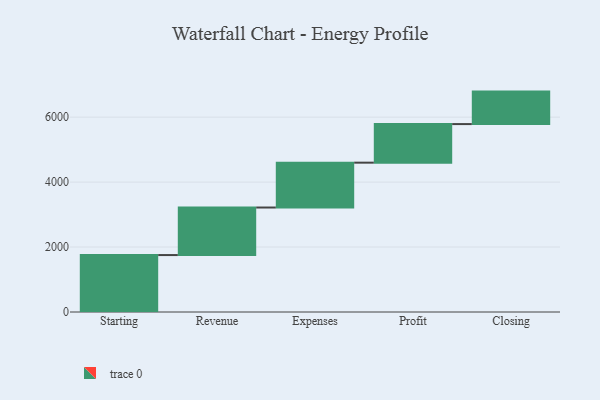
{"axis": {"x": "Step", "y": "Value"}, "legend": [""], "data": [{"x": "Starting", "y": 1753.0, "type": ""}, {"x": "Revenue", "y": 1464.0, "type": ""}, {"x": "Expenses", "y": 1381.0, "type": ""}, {"x": "Profit", "y": 1188.0, "type": ""}, {"x": "Closing", "y": 1000, "type": ""}]}